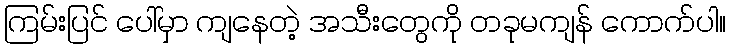
ကြမ်းပြင် ပေါ်မှာ ကျနေတဲ့ အသီးတွေကို တခုမကျန် ကောက်ပါ။